Report on the working of the Ranchi Indian Mental Hospital, Kanke, in Bihar and Orissa - 1930-1940
Year: 1930
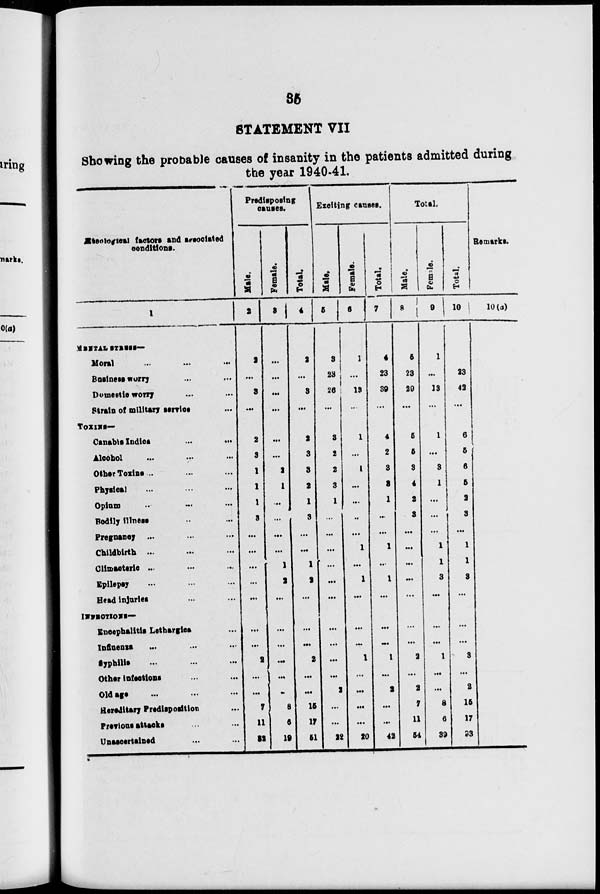
35
STATEMENT VII
Showing the probable causes of insanity in the patients admitted during
the year 1940-41.
Æteological factors and associated
conditions.
1
MENTAL STRESS–
Moral ... ... ...
Business worry ... ...
Domestic worry ... ...
Strain of military service ...
TOXINS—
Canabis
Indica
...
...
Alcohol ... ... ...
Other Toxins ... ... ...
Physical
... ... ...
Opium
...
...
...
Bodily illness ... ...
Pregnancy
...
...
...
Childbirth ... ... ...
Climacteric
...
...
...
Epilepsy ... ... ...
Head injuries ... ...
INFECTIONS—
Encephalitis Lethargics ...
Influenza ... ... ...
Syphilis ... ... ...
Other infections ... ...
Old age
...
...
...
Hereditary Predisposition ...
Previous attacks ... ...
Unascertained ... ...
Predisposing
causes.
Male.
2
2
...
3
...
2
3
1
1
1
3
...
...
...
...
...
...
...
2
...
...
7
11
32
Female.
3
...
...
...
...
...
...
2
1
...
...
...
...
1
2
...
...
...
...
...
...
8
6
19
Total.
4
2
...
3
...
2
3
3
2
1
3
...
...
1
2
...
...
...
2
...
...
15
17
51
Exciting causes.
Male.
5
3
23
26
...
3
2
2
3
1
...
...
...
...
...
...
...
...
...
...
2
...
...
22
Female.
6
1
...
13
...
1
...
1
...
...
...
...
1
...
1
...
...
...
1
...
...
...
...
20
Total.
7
4
23
39
...
4
2
3
3
1
...
...
1
...
1
...
...
...
1
...
2
...
...
42
Total.
Male.
8
5
23
29
...
5
5
3
4
2
3
...
...
...
...
...
...
...
2
...
2
7
11
54
Female.
9
1
...
13
...
1
...
3
1
...
...
...
1
1
3
...
...
...
1
...
...
8
6
39
Total.
10
6
23
42
...
6
5
6
5
2
3
...
1
1
3
...
...
...
3
...
2
15
17
93
Remarks.
10(a)